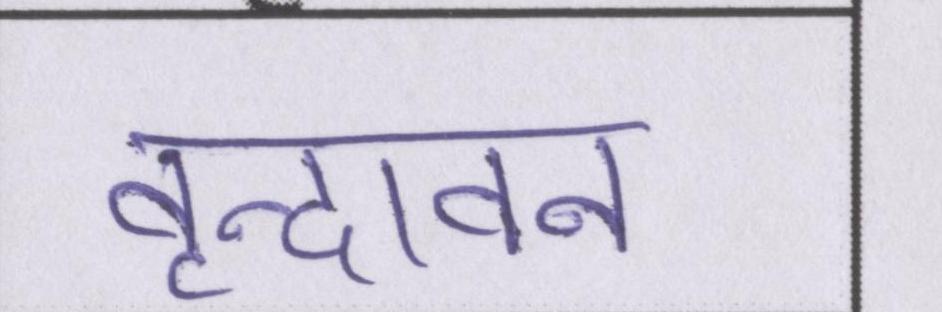
वृन्दावन